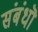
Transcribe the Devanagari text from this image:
संबंधॊ